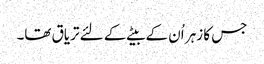
جس کا زہر اُن کے بیٹے کے لئے تریاق تھا۔